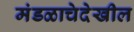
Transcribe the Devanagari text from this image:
मंडळाचेदेखील